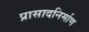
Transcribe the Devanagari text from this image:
प्रासादनिर्माण